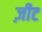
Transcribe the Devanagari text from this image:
ज़ीट